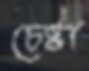
চেষ্টা